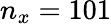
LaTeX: n_{x}=101